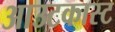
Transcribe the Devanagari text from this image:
आउटकास्ट